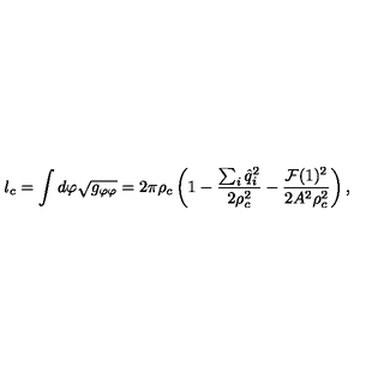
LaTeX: l _ { c } = \int d \varphi \sqrt { g _ { \varphi \varphi } } = 2 \pi \rho _ { c } \left( 1 - { \frac { \sum _ { i } { \hat { q } } _ { i } ^ { 2 } } { 2 \rho _ { c } ^ { 2 } } } - { \frac { { \cal F } ( 1 ) ^ { 2 } } { 2 A ^ { 2 } \rho _ { c } ^ { 2 } } } \right) ,